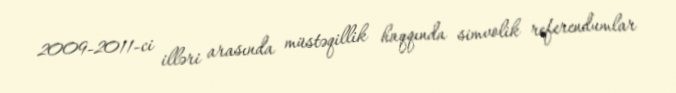
2009-2011-ci illəri arasında müstəqillik haqqında simvolik referendumlar